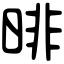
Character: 㫵